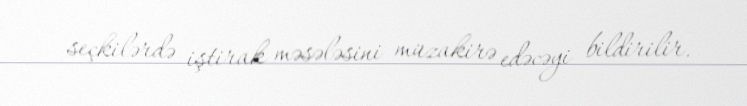
seçkilərdə iştirak məsələsini müzakirə edəcəyi bildirilir.